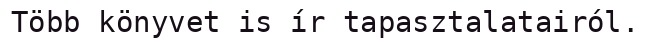
Több könyvet is ír tapasztalatairól.